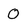
Character: 0